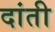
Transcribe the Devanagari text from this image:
दांती